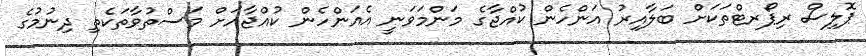
ޕޮލިސް ރިޕޯރޓްތަކަށް ބަލާއިރު އަންހެން ކުއްޖާގެ މަންމަވަނީ އެއަންހެން ކުއްޖާއަށް މަސްތުވާތަކެތި ދިނުމުގެ